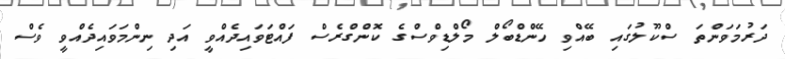
ދަރުމަވަންތަ ސްކޫލުގައި ބޭއްވި ހޭންޑްބޯލް މޯލްޑިވްސްގެ ކޮންގްރެސް ފައްޓަވައިދެއްވީ އަދި ނިންމަވައިދެއްވީ ވެސް